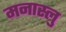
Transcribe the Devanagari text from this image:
मनास्लु